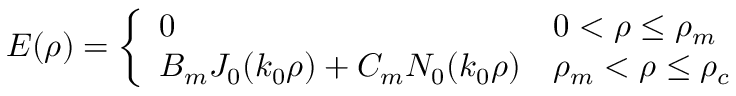
E ( \rho ) = \left\{ \begin{array} { l l } { 0 } & { 0 < \rho \leq \rho _ { m } } \\ { B _ { m } J _ { 0 } ( k _ { 0 } \rho ) + C _ { m } N _ { 0 } ( k _ { 0 } \rho ) } & { \rho _ { m } < \rho \leq \rho _ { c } } \end{array} \right.